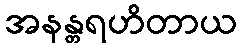
အနန္တရဟိတာယ